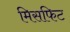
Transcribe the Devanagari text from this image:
मिसफिट